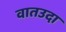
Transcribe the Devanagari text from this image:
वातउदा